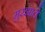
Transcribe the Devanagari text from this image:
मुरझाते